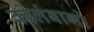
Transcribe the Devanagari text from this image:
कोलंबागो